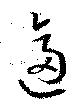
逼